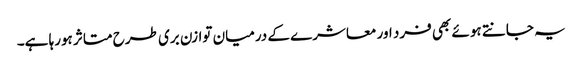
یہ جانتے ہوئے بھی فرد اور معاشرے کے درمیان توازن بری طرح متاثر ہورہا ہے۔